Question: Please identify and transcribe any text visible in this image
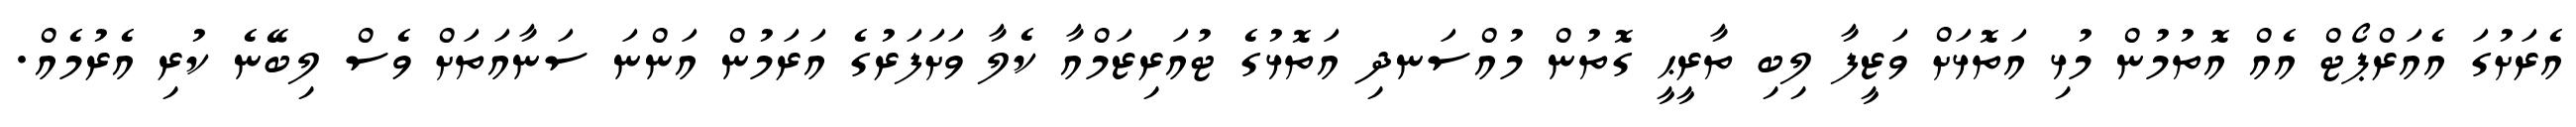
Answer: އެރަށުގަ އެއަރްޕޯޓް އެއް އޮތުމުން މުޅި އަތޮޅަށް ވަޒީފާ ލިބި ތާރީޙީ ގޮތުން މުއްސަނދި އަތޮޅުގެ ޓުއަރިޒަމްއާ ކެލާ ވަށަފަރުގެ އަރަމުން އަންނަ ސަނާއަތަށް ވެސް ލިބޭނެ ކުރި އެރުމެއް.